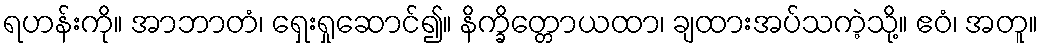
ရဟန်းကို။ အာဘာတံ၊ ရှေးရှုဆောင်၍။ နိက္ခိတ္တောယထာ၊ ချထားအပ်သကဲ့သို့။ ဧဝံ၊ အတူ။